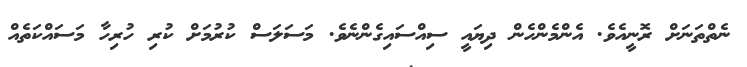
ނެތްތަނަށް ރޮނީއެވެ. އެންމެންހެން ދިޔައީ ސިއްސައިގެންނެވެ. މަސަލަސް ކުރުމަށް ކުރި ހުރިހާ މަސައްކަތެއް